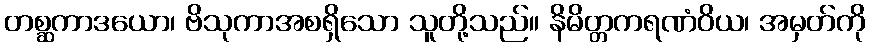
တစ္ဆကာဒယော၊ ဗိသုကာအစရှိသော သူတို့သည်။ နိမိတ္တကရဏံဝိယ၊ အမှတ်ကို